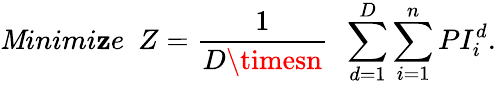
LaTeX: \mathit{M}inimi\mathbf{z}e~~Z=\frac{{1}}{{D\timesn}}~~\sum_{d=1}^{D}\sum_{i=1}^{n}PI_{i}^{d}.